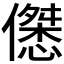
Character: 𱏚